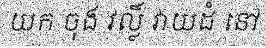
យក ចុង វល្លិ៍ វាយដំ នៅ